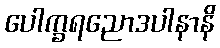
ပေါက္ခရညောဒပါနာနိ